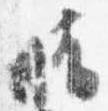
晴